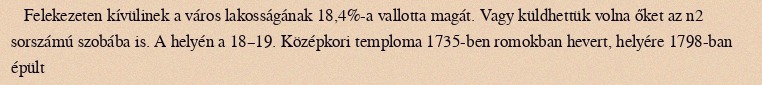
Felekezeten kívülinek a város lakosságának 18,4%-a vallotta magát. Vagy küldhettük volna őket az n2 sorszámú szobába is. A helyén a 18–19. Középkori temploma 1735-ben romokban hevert, helyére 1798-ban épült